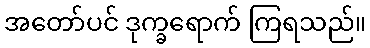
အတော်ပင် ဒုက္ခရောက် ကြရသည်။